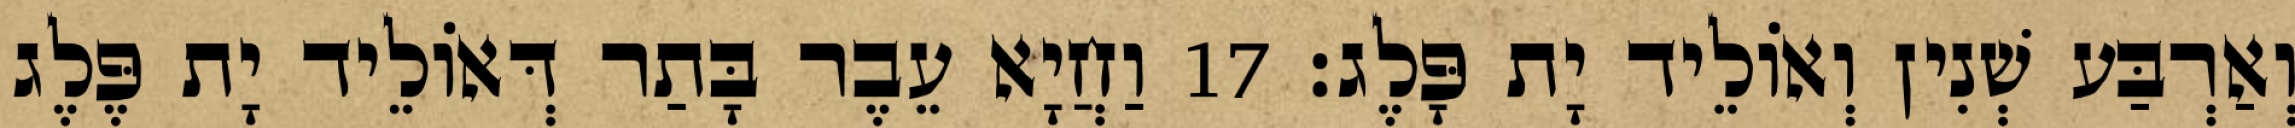
וְאַרְבַּע שְׁנִין וְאוֹלֵיד יָת פָּלֶג׃ 17 וַחֲיָא עֵבֶר בָּתַר דְּאוֹלֵיד יָת פֶּלֶג